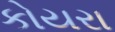
કોયરા